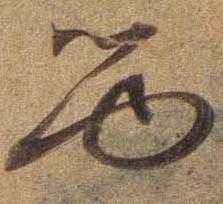
る